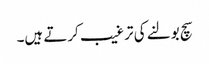
سچ بولنے کی ترغیب کرتے ہیں۔